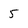
Character: 5